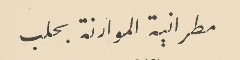
مطرانية الموارنة بحلب